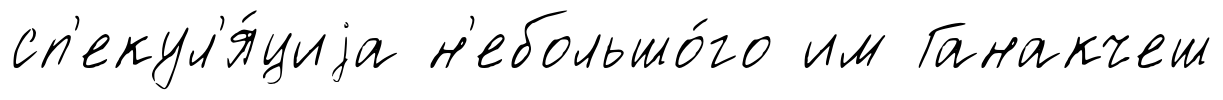
сп'екул'я́циjа н'ебольшо́го им Ганакчеш